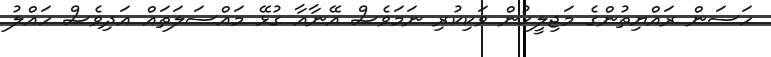
ހަސަން ރައްޔިތުންގެ މަޖިލީހުން ވަކިކުރި ނަމަވެސް އޭނާއާ ގުޅޭ މައްސަލަތައް އަދިވެސް ހައްލު